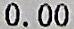
0.00